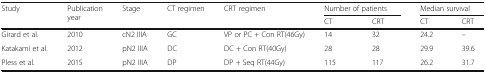
<table><thead><tr><td rowspan="2"><b>Study</b></td><td rowspan="2"><b>Publication year</b></td><td rowspan="2"><b>Stage</b></td><td rowspan="2"><b>CT regimen</b></td><td rowspan="2"><b>CRT regimen</b></td><td colspan="2"><b>Number of patients</b></td><td colspan="2"><b>Median survival</b></td></tr><tr><td><b>CT</b></td><td><b>CRT</b></td><td><b>CT</b></td><td><b>CRT</b></td></tr></thead><tbody><tr><td>Girard et al.</td><td>2010</td><td>cN2 IIIA</td><td>GC</td><td>VP or PC + Con RT(46Gy)</td><td>14</td><td>32</td><td>24.2</td><td>–</td></tr><tr><td>Katakami et al.</td><td>2012</td><td>pN2 IIIA</td><td>DC</td><td>DC + Con RT(40Gy)</td><td>28</td><td>28</td><td>29.9</td><td>39.6</td></tr><tr><td>Pless et al.</td><td>2015</td><td>pN2 IIIA</td><td>DP</td><td>DP + Seq RT(44Gy)</td><td>115</td><td>117</td><td>26.2</td><td>31.7</td></tr></tbody></table>